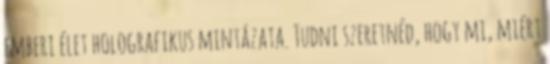
emberi élet holografikus mintázata. Tudni szeretnéd, hogy mi, miért